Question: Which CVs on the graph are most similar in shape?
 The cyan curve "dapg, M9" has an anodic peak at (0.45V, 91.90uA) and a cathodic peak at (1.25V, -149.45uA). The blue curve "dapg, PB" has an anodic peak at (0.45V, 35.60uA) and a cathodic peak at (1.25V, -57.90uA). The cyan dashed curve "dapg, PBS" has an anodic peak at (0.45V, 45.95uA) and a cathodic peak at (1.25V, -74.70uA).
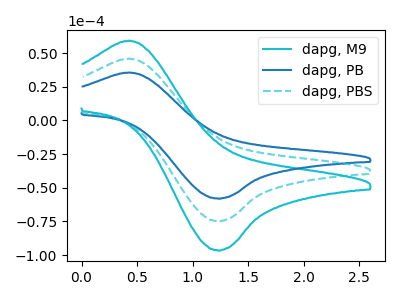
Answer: <think>All the peaks in "dapg, M9" have a peak in "dapg, PB" at the same potential. Every peak in "dapg, M9" is higher than every peak in "dapg, PB". All the peaks in "dapg, M9" have a peak in "dapg, PBS" at the same potential. Every peak in "dapg, M9" is higher than every peak in "dapg, PBS". All the peaks in "dapg, PB" have a peak in "dapg, PBS" at the same potential. Every peak in "dapg, PB" is lower than every peak in "dapg, PBS".
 </think>
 <answer>"dapg, PB", "dapg, M9" and "dapg, PBS" have the same shape and are likely CV's of the same chemical.</answer>
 <eval>"dapg, PB" "dapg, M9" "dapg, PBS"</eval>